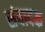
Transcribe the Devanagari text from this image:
संवादक